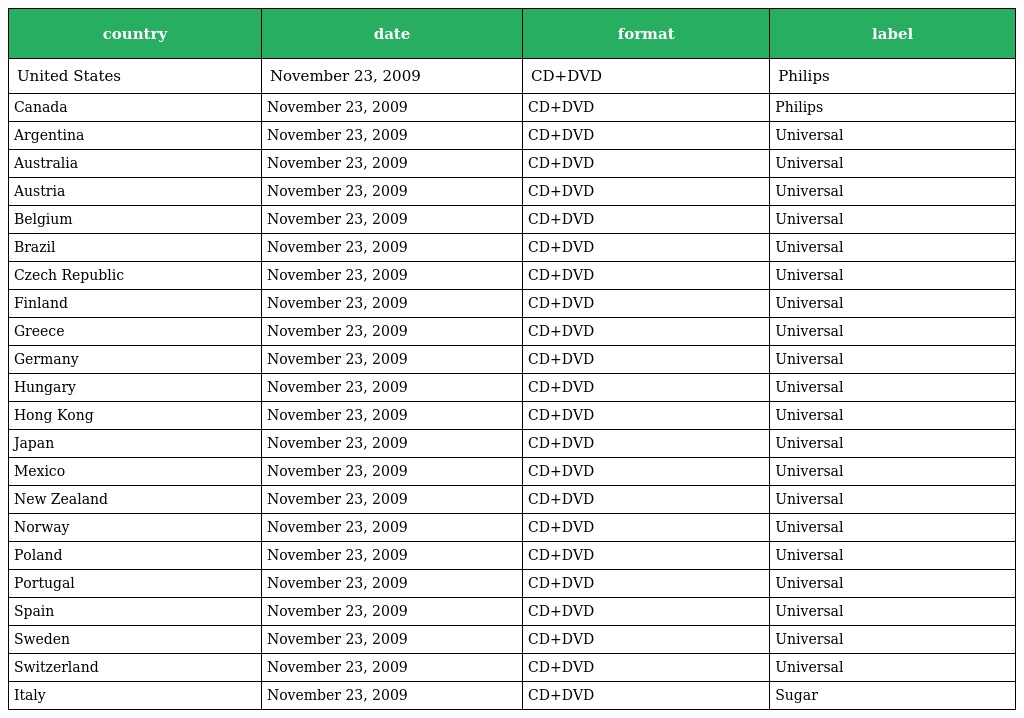
| country | date | format | label |
 | --- | --- | --- | --- |
 | United States | November 23, 2009 | CD+DVD | Philips |
 | Canada | November 23, 2009 | CD+DVD | Philips |
 | Argentina | November 23, 2009 | CD+DVD | Universal |
 | Australia | November 23, 2009 | CD+DVD | Universal |
 | Austria | November 23, 2009 | CD+DVD | Universal |
 | Belgium | November 23, 2009 | CD+DVD | Universal |
 | Brazil | November 23, 2009 | CD+DVD | Universal |
 | Czech Republic | November 23, 2009 | CD+DVD | Universal |
 | Finland | November 23, 2009 | CD+DVD | Universal |
 | Greece | November 23, 2009 | CD+DVD | Universal |
 | Germany | November 23, 2009 | CD+DVD | Universal |
 | Hungary | November 23, 2009 | CD+DVD | Universal |
 | Hong Kong | November 23, 2009 | CD+DVD | Universal |
 | Japan | November 23, 2009 | CD+DVD | Universal |
 | Mexico | November 23, 2009 | CD+DVD | Universal |
 | New Zealand | November 23, 2009 | CD+DVD | Universal |
 | Norway | November 23, 2009 | CD+DVD | Universal |
 | Poland | November 23, 2009 | CD+DVD | Universal |
 | Portugal | November 23, 2009 | CD+DVD | Universal |
 | Spain | November 23, 2009 | CD+DVD | Universal |
 | Sweden | November 23, 2009 | CD+DVD | Universal |
 | Switzerland | November 23, 2009 | CD+DVD | Universal |
 | Italy | November 23, 2009 | CD+DVD | Sugar |